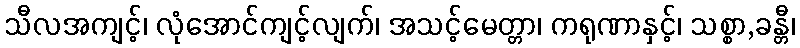
သီလအကျင့်၊ လုံအောင်ကျင့်လျက်၊ အသင့်မေတ္တာ၊ ကရုဏာနှင့်၊ သစ္စာ,ခန္တီ၊